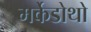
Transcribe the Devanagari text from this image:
मर्केडोथो